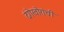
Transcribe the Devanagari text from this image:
दंगेखोरांची